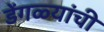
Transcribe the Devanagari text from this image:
डेंगळ्यांची